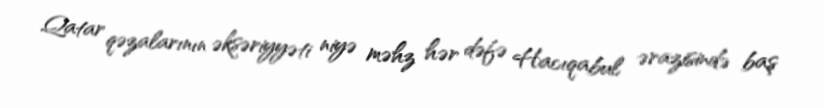
Qatar qəzalarının əksəriyyəti niyə məhz hər dəfə Hacıqabul ərazisində baş